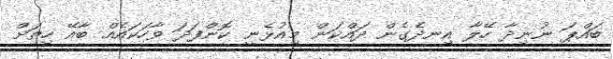
ބައްޕަ ނުނިދާ ހޭލާ އިނދެގެން ދައްކަން މިއުޅެނީ ކޮންފަދަ ވާހަކައެއް ބާއޭ ހިތަށް